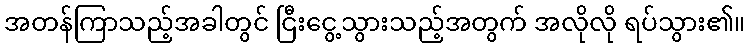
အတန်ကြာသည့်အခါတွင် ငြီးငွေ့သွားသည့်အတွက် အလိုလို ရပ်သွား၏။